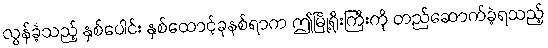
လွန်ခဲ့သည့် နှစ်ပေါင်း နှစ်ထောင့်ခုနစ်ရာက ဤမြို့ရိုးကြီးကို တည်ဆောက်ခဲ့ရသည့်